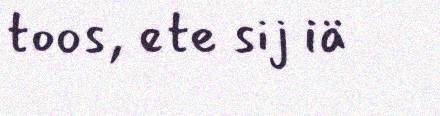
toos, ete sij iä